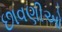
છાવણીઓ